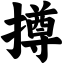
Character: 撙